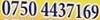
0750 4437169